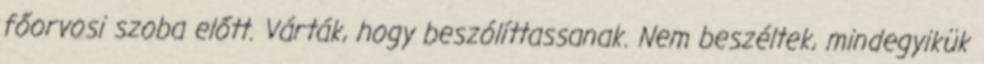
főorvosi szoba előtt. Várták, hogy beszólíttassanak. Nem beszéltek, mindegyikük